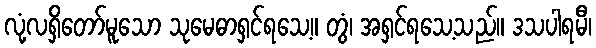
လုံ့လရှိတော်မူသော သုမေဓာရှင်ရသေ့။ တွံ၊ အရှင်ရသေ့သည်။ ဒသပါရမီ၊